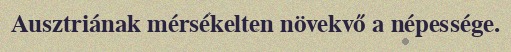
Ausztriának mérsékelten növekvő a népessége.